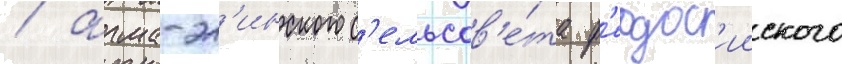
/ арма-эл'инского с'ельсов'е́та ф'еодос'ииского